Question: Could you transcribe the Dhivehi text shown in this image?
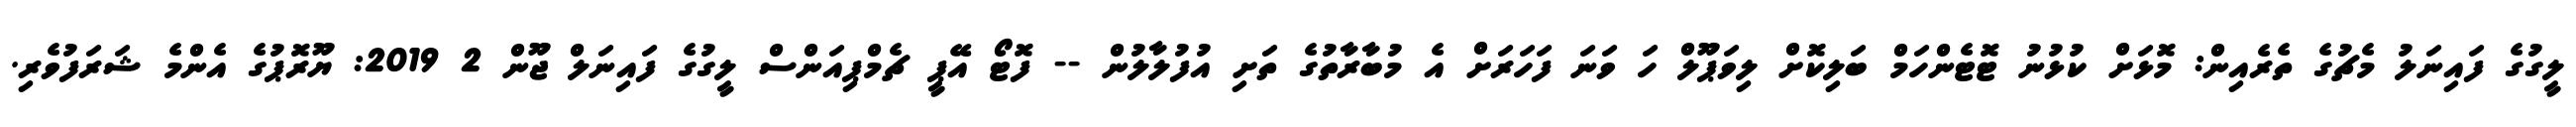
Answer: ލީގުގެ ފައިނަލު މެޗުގެ ތެރެއިން: މޮޅަށް ކުޅުނު ޓޮޓެންހަމް ބަލިކޮށް ލިވަޕޫލް ހަ ވަނަ ފަހަރަށް އެ މުބާރާތުގެ ތަށި އުފުލާލުން -- ފޮޓޯ އޭޕީ ޗެމްޕިއަންސް ލީގުގެ ފައިނަލް ޖޫން 2 2019: ޔޫރޮޕުގެ އެންމެ ޝަރަފުވެރި.